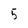
Character: 5